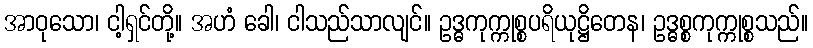
အာဝုသော၊ ငါ့ရှင်တို့။ အဟံ ခေါ၊ ငါသည်သာလျင်။ ဥဒ္ဓကုက္ကုစ္စပရိယုဋ္ဌိတေန၊ ဥဒ္ဓစ္စကုက္ကုစ္စသည်။